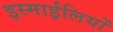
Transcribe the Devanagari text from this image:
इस्माईलियों